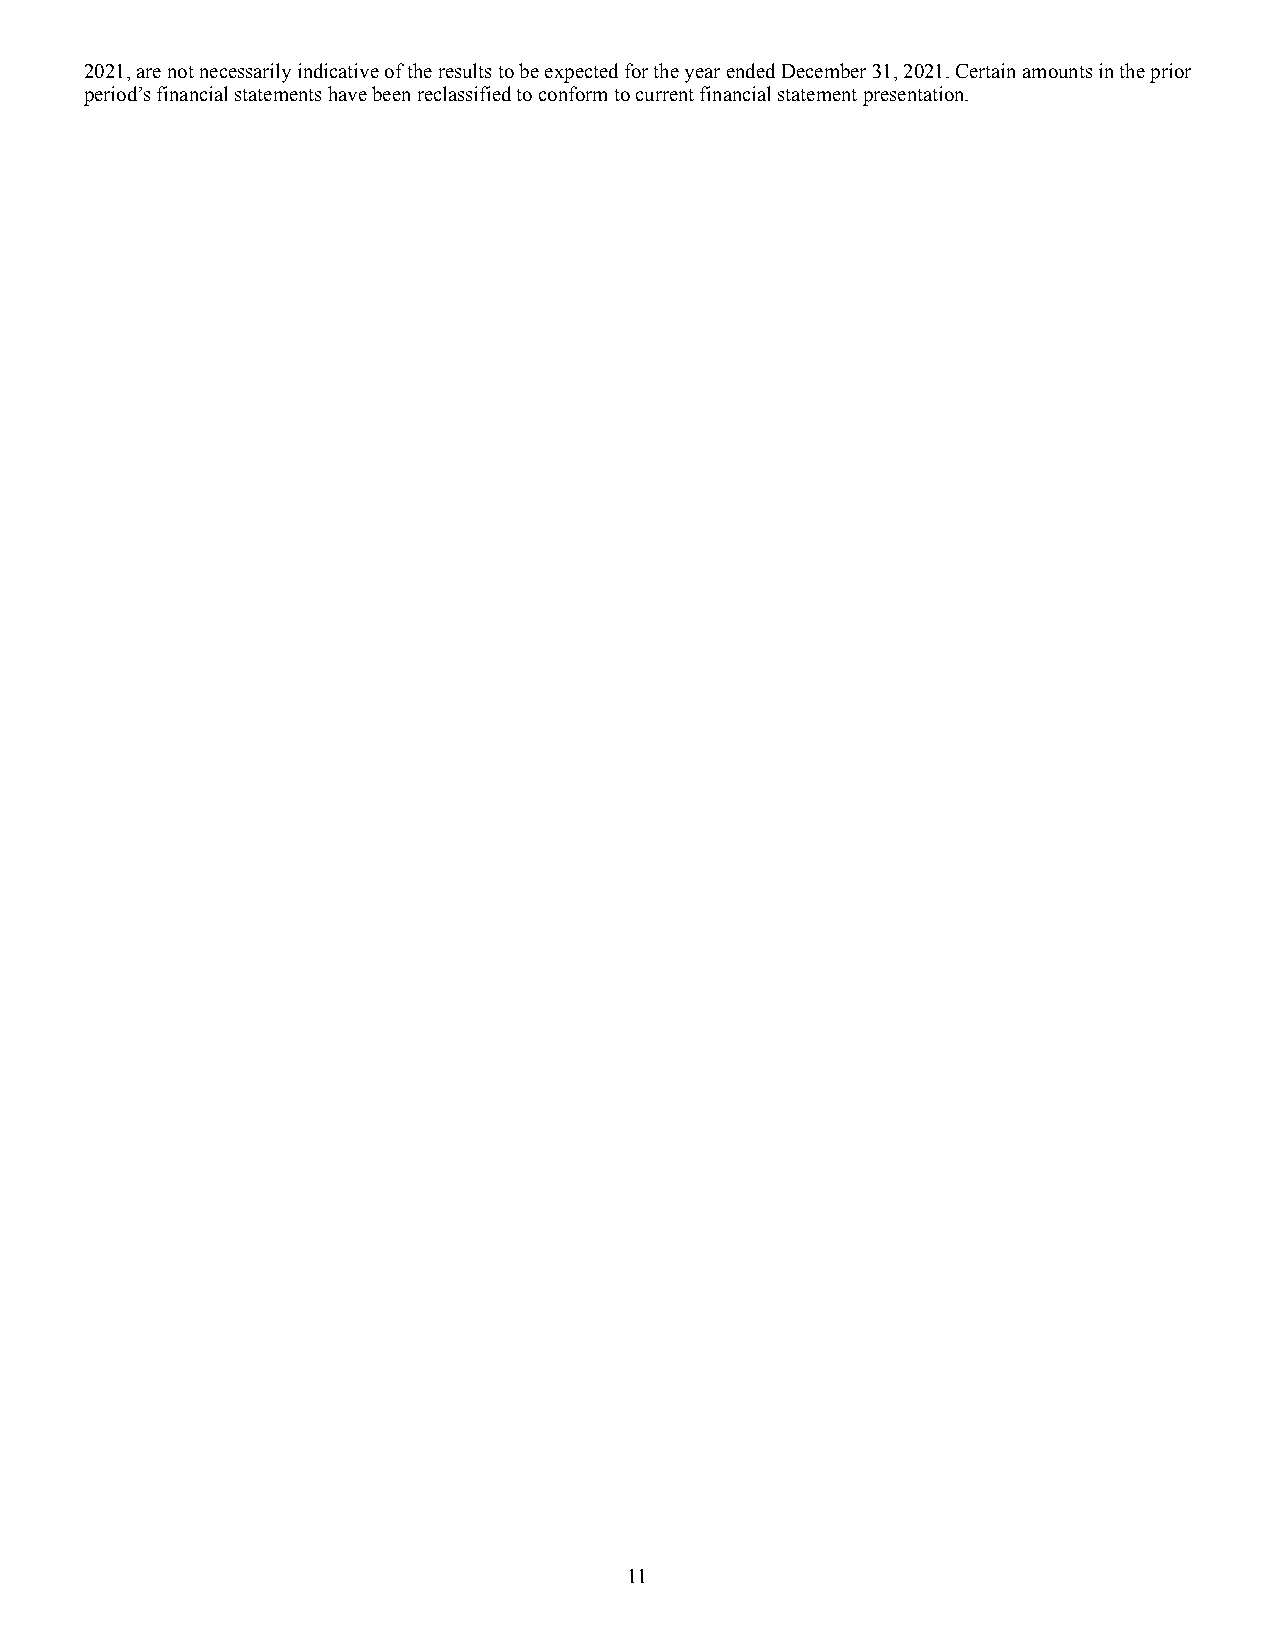
2021, are not necessarily indicative of the results to be expected for the year ended December 31, 2021. Certain amounts in the prior
 period’s financial statements have been reclassified to conform to current financial statement presentation.
 11